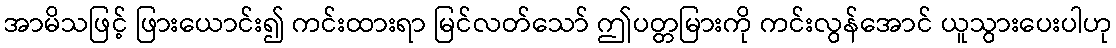
အာမိသဖြင့် ဖြားယောင်း၍ ကင်းထားရာ မြင်လတ်သော် ဤပတ္တမြားကို ကင်းလွန်အောင် ယူသွားပေးပါဟု